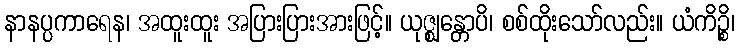
နာနပ္ပကာရေန၊ အထူးထူး အပြားပြားအားဖြင့်။ ယုဇ္ဈန္တောပိ၊ စစ်ထိုးသော်လည်း။ ယံကိဉ္စိ၊